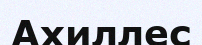
Ахиллес